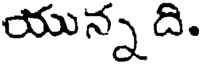
యున్న ది.